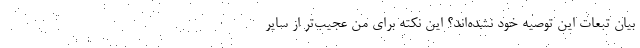
بیان تبعات این توصیه خود نشده‌اند؟ این نکته برای من عجیب‌تر از سایر